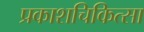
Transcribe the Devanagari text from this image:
प्रकाशचिकित्सा